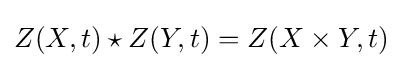
Z(X,t)\star Z(Y,t)=Z(X\times Y,t)